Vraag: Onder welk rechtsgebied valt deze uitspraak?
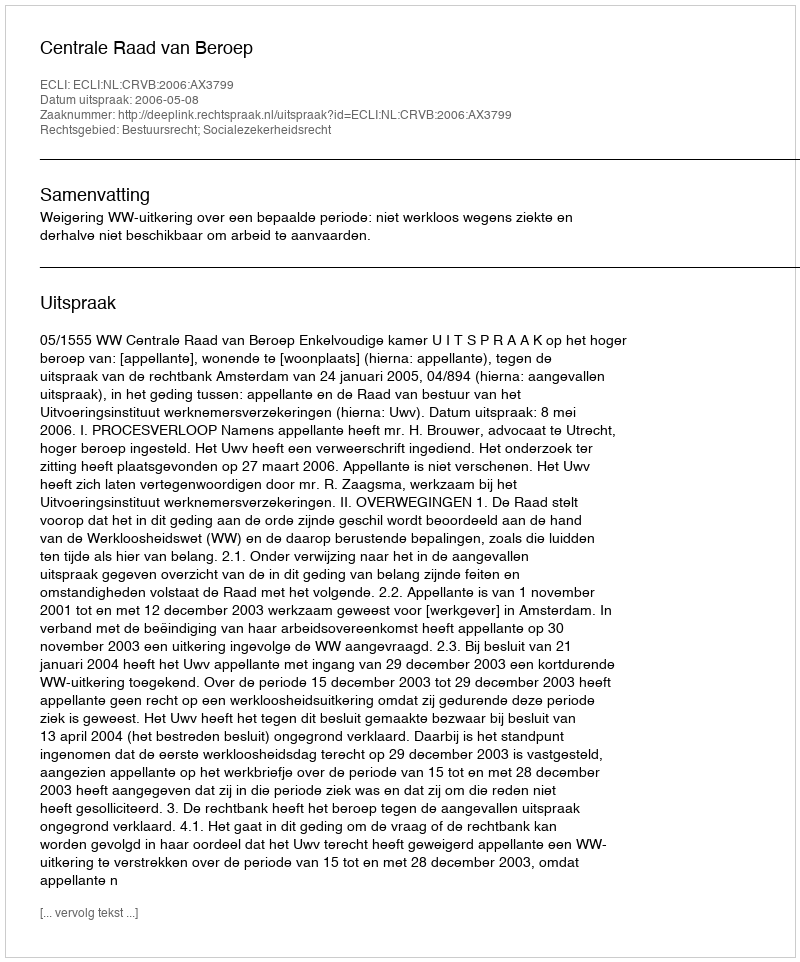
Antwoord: Bestuursrecht; Socialezekerheidsrecht